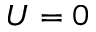
U = 0